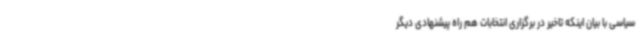
سیاسی با بیان اینکه تاخیر در برگزاری انتخابات هم راه پیشنهادی دیگر